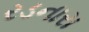
રડનારા